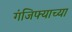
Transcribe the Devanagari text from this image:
गंजिफ्याच्या